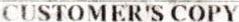
CUSTOMER'S COPY